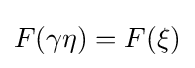
F(\gamma \eta )=F(\xi )